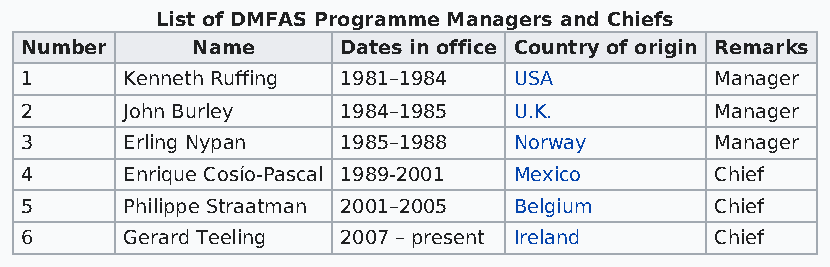
List of DMFAS Programme Managers and Chiefs
 Number      Name     Dates in office Country of origin Remarks
 1      Kenneth Ruffing 1981–1984 USA          Manager
 2      John Burley   1984–1985   U.K.         Manager
 3      Erling Nypan  1985–1988   Norway       Manager
 4      Enrique Cosío-Pascal 1989-2001 Mexico  Chief
 5      Philippe Straatman 2001–2005 Belgium   Chief
 6      Gerard Teeling 2007 – present Ireland  Chief